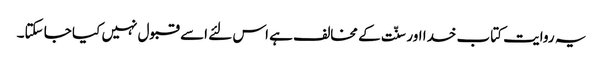
یہ روایت کتاب خدا اور سنّت کے مخالف ہے اس لئے اسے قبول نہیں کیا جا سکتا۔